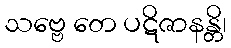
သဗ္ဗေ တေ ပဋိဇာနန္တိ၊